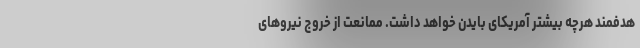
هدفمند هرچه بیشتر آمریکای بایدن خواهد داشت. ممانعت از خروج نیروهای